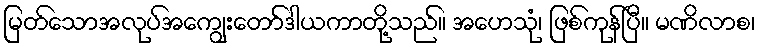
မြတ်သောအလုပ်အကျွေးတော်ဒါယကာတို့သည်။ အဟေသုံ၊ ဖြစ်ကုန်ပြီ။ မဏိလာစ၊